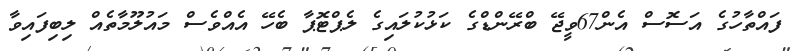
ފައްތާހުގެ އަސޮސް އެން67ވީޖޭ ބްރޭންޑްގެ ކަޅުކުލައިގެ ލެޕްޓޮޕާ ބެހޭ އެއްވެސް މައުލޫމާތެއް ލިބިފައިވާ